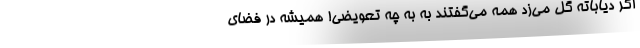
اگر دیاباته گل می‌زد همه می‌گفتند به به چه تعویضی! همیشه در فضای